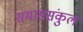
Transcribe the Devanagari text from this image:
समाससंकुल